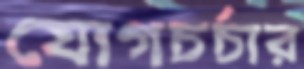
যোগচর্চার